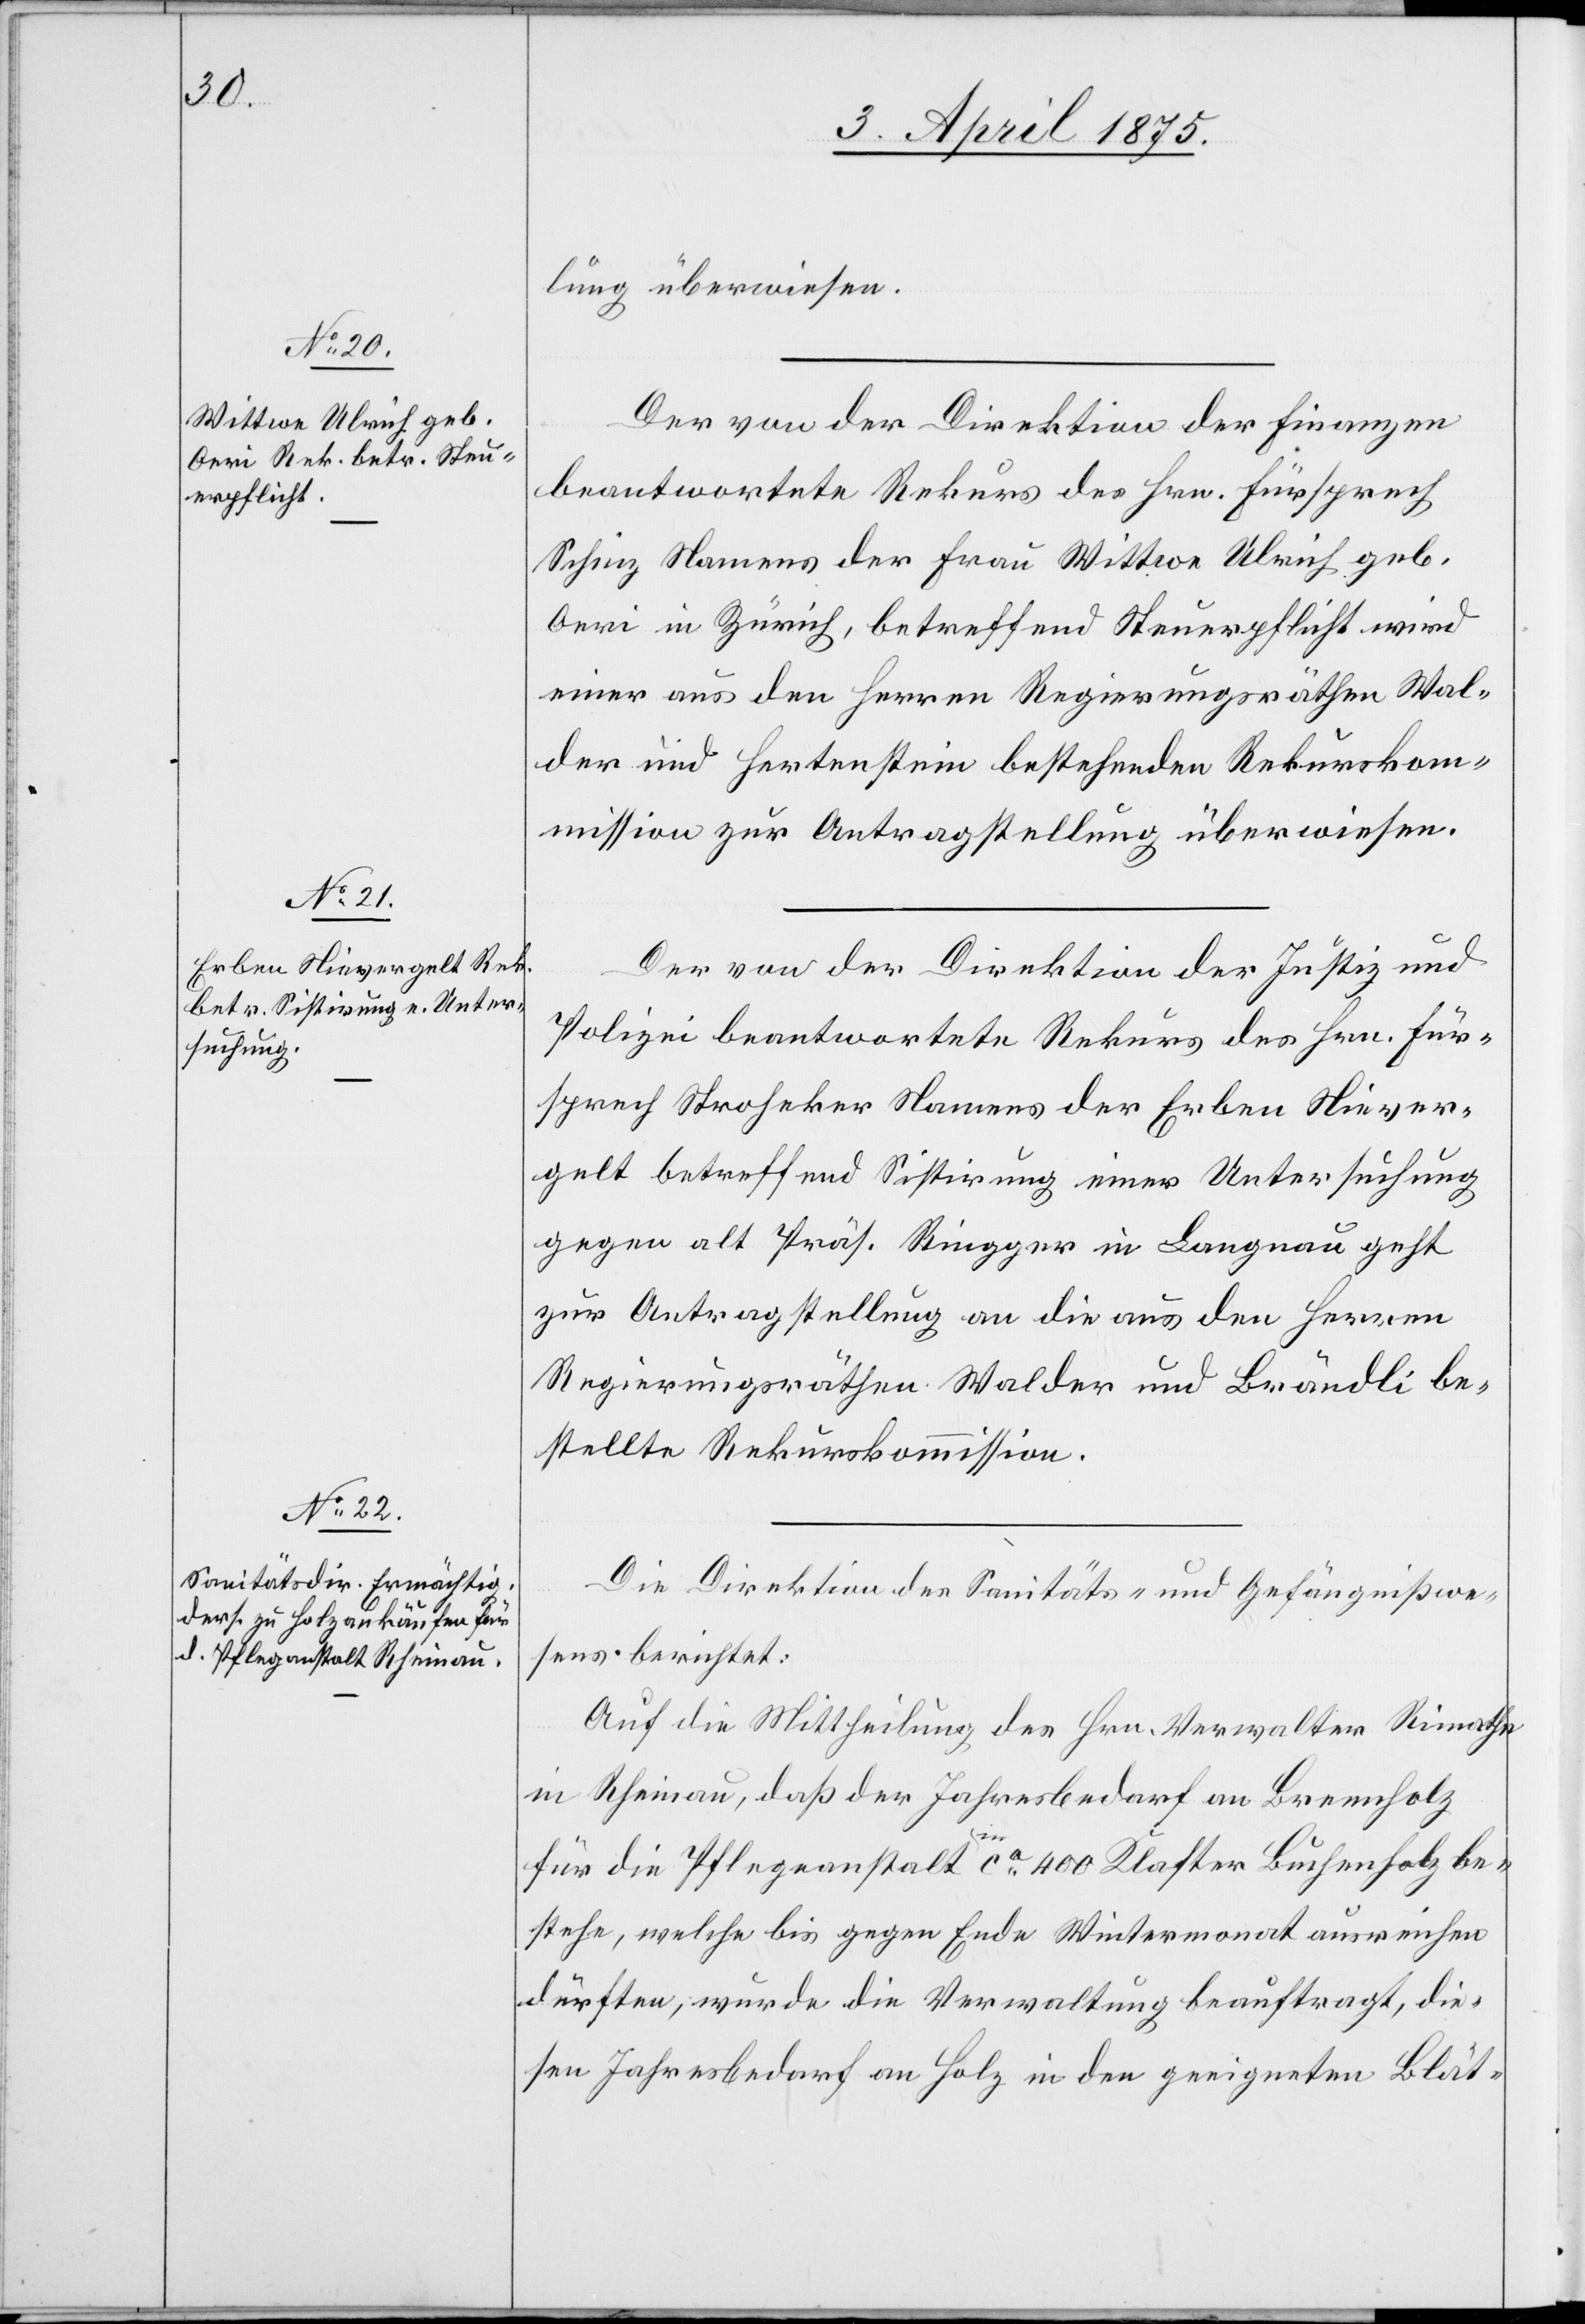
lung überwiesen.
Der von der Direktion der Finanzen
beantwortete Rekurs des Hrn. Fürsprech
Schinz Namens der Frau Wittwe Ulrich geb.
Aeri in Zürich, betreffend Steuerpflicht wird
einer aus den Herren Regierungsräthen Wal¬
der und Hertenstein bestehenden Rekurskom¬
mission zur Antragstellung überwiesen.
Der von der Direktion der Justiz und
Polizei beantwortete Rekurs des Hrn. Für¬
sprech Stroheker Namens der Erben Niever¬
gelt betreffend Sistirung einer Untersuchung
gegen alt Präs. Ringger in Langnau geht
zur Antragstellung an die aus den Herren
Regierungsräthen Walder und Brändli be¬
stellte Rekurskommission.
Die Direktion des Sanitäts- und Gefängnißwe¬
sens berichtet:
Auf die Mittheilung des Hrn. Verwalter Rimathe
in Rheinau, daß der Jahresbedarf an Brennholz
für die Pflegeanstalt in ca 400 Klafter Buchenholz be¬
stehe, welche bis gegen Ende Wintermonat ausreichen
dürften, wurde die Verwaltung beauftragt, die¬
sen Jahresbedarf an Holz in den geeigneten Blät-